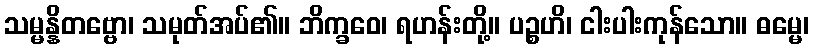
သမ္မန္နိတဗ္ဗော၊ သမုတ်အပ်၏။ ဘိက္ခဝေ၊ ရဟန်းတို့။ ပဉ္စဟိ၊ ငါးပါးကုန်သော။ ဓမ္မေ၊